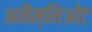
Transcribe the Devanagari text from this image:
अनैम्निओट